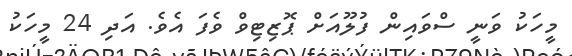
މީހަކު ވަނީ ސްވައިން ފުލޫއަށް ޕޮޒިޓިވް ވެފަ އެވެ. އަދި 24 މީހަކު